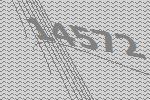
14572